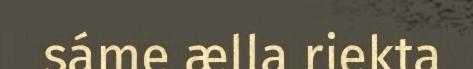
sáme ælla riekta